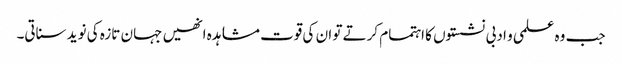
جب وہ علمی و ادبی نشستوں کا اہتمام کرتے تو ان کی قوت مشاہدہ انھیں جہان تازہ کی نوید سناتی۔